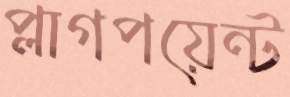
প্লাগপয়েন্ট